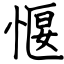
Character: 愝